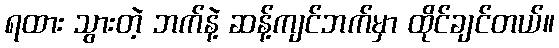
ရထား သွားတဲ့ ဘက်နဲ့ ဆန့်ကျင်ဘက်မှာ ထိုင်ချင်တယ်။